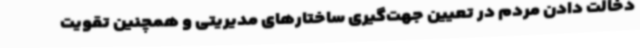
دخالت دادن مردم در تعیین جهت‌گیری ساختارهای مدیریتی و همچنین تقویت